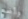
وأضع